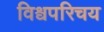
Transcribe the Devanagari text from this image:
विश्वपरिचय